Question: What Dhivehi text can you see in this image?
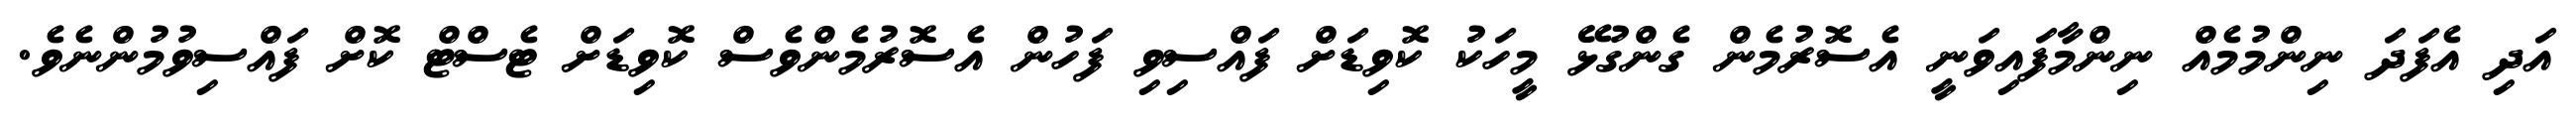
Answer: އަދި އެފަދަ ނިންމުމެއް ނިންމާފައިވަނީ އެސޮރުމެން ގެންގުޅޭ މީހަކު ކޮވިޑަށް ފައްސިވި ފަހުން އެސޮރުމެންވެސް ކޮވިޑަށް ޓެސްޓް ކޮށް ފައްސިވުމުންނެވެ.